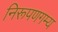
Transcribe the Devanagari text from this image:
निरूपणगम्य